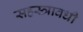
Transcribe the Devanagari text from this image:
सहस्त्रावधी